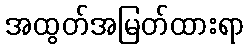
အထွတ်အမြတ်ထားရာ